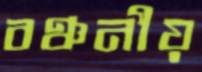
বঞ্চনীয়